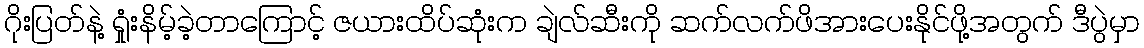
ဂိုးပြတ်နဲ့ ရှုံးနိမ့်ခဲ့တာကြောင့် ဇယားထိပ်ဆုံးက ချဲလ်ဆီးကို ဆက်လက်ဖိအားပေးနိုင်ဖို့အတွက် ဒီပွဲမှာ